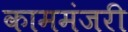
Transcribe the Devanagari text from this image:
काममंजरी